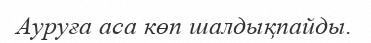
Ауруға аса көп шалдықпайды.